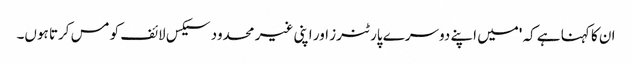
ان کا کہنا ہے کہ 'میں اپنے دوسرے پارٹنرز اور اپنی غیر محدود سیکس لائف کو مس کرتا ہوں۔